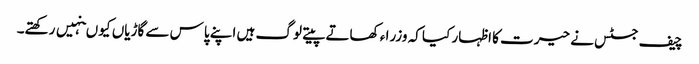
چیف جسٹس نے حیرت کا اظہار کیا کہ وزرا ء کھاتے پیتے لوگ ہیں اپنے پاس سے گاڑیاں کیو ںنہیں رکھتے۔